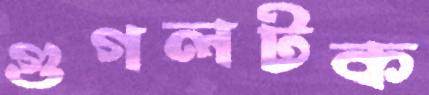
গুগলটক